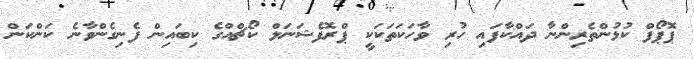
ޕޮޕޯފް ކުޅުންތެރިންނާ ދައްކާފައި ހުރި ވާހަކަތަކަކީ ޕްރޮފެޝަނަލް ކޯޗްއްގެ ކިބައިން ފެނިގެންވާނެ ކަންކަން